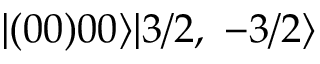
| ( 0 0 ) 0 0 \rangle | 3 / 2 , \ - 3 / 2 \rangle